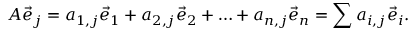
A { \vec { e } } _ { j } = a _ { 1 , j } { \vec { e } } _ { 1 } + a _ { 2 , j } { \vec { e } } _ { 2 } + \ldots + a _ { n , j } { \vec { e } } _ { n } = \sum a _ { i , j } { \vec { e } } _ { i } .